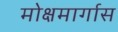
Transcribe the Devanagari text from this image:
मोक्षमार्गास